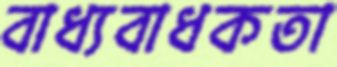
বাধ্যবাধকতা